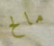
مالح